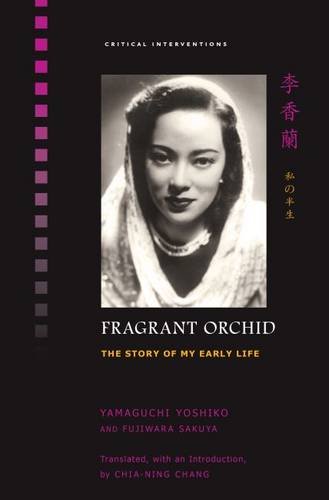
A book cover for Fragrant Orchid: The Story of My Early Life (Critical Interventions); Yamaguchi Yoshiko; Biographies & Memoirs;